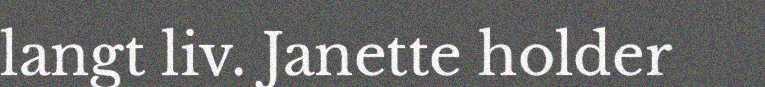
langt liv. Janette holder